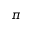
\pi